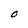
Character: O